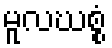
မူလဃစ္စံ